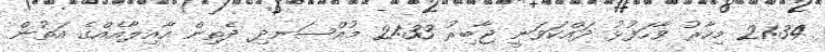
21:34 މިހާރު ވާހަފުޅު ދައްކަވަނީ ޖާބިރު 21:33 މުއްސަނދި ދެތިން އާއިލާއެއްގެ އަތުން